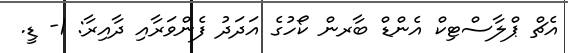
އެޗް ޕްލާސްޓިކް އެންޑް ބާރން ކޯހުގެ އަދަދު ފެންވަރާއި ދާއިރާ: 1- ޑީ.